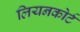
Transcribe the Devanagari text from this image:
लियनकोर्ट